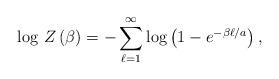
LaTeX: \begin{align*}\log \, Z\left( \beta \right) =-\sum _{\ell =1}^{\infty }\log \left( 1-e^{-\beta \ell /a}\right) ,\end{align*}